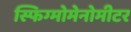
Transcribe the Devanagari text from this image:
स्फिग्मोमेनोमीटर